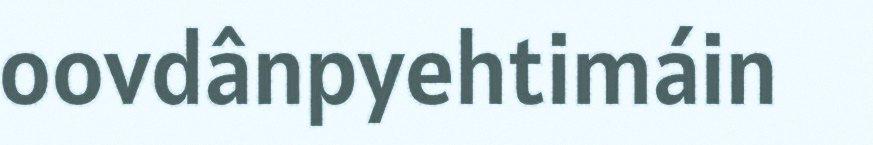
oovdânpyehtimáin